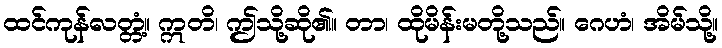
ထင်ကုန်လတ္တံ့။ ဣတိ၊ ဤသို့ဆို၏။ တာ၊ ထိုမိန်းမတို့သည်။ ဂေဟံ၊ အိမ်သို့။